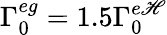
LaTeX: \Gamma_{0}^{eg}=1.5\Gamma_{0}^{e\mathscr{H}}